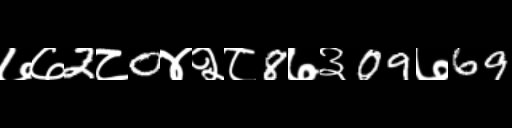
Text: ७७2८0४२८8७३09७69